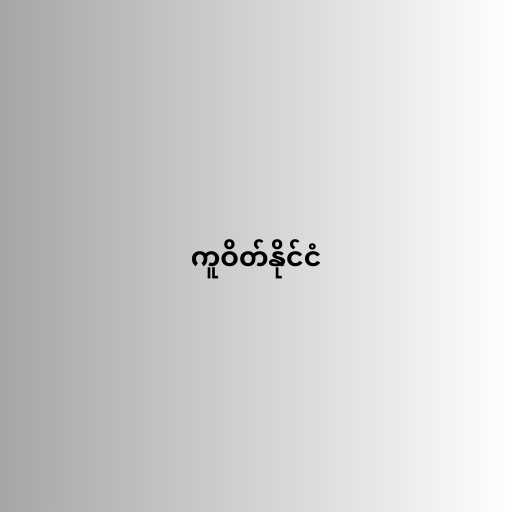
ကူဝိတ်နိုင်ငံ